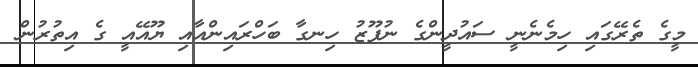
މީގެ ތެރޭގައި ހިމެނެނީ ސައުދީންގެ ނުފޫޒު ހިނގާ ބަހްރައިންއާއި ޔޫއޭއީ ގެ އިތުރުން